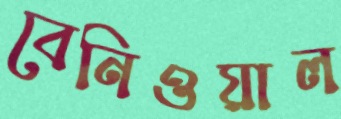
বেনিওয়াল